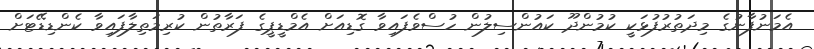
އެމަނުފާނުގެ މިދަތުރުފުޅަކީ ކުމުންދޫ ކައުންސިލުން ހުސްވެފައިވާ ގޮޑިއަށް އެމްޑީޕީގެ ފަރާތުން ކުރިމަތިލާފައިވާ ކެންޑިޑޭޓަށް